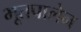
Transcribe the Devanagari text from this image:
भूतपालेन